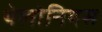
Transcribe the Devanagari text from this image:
थेलोनियस